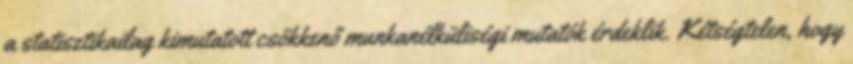
a statisztikailag kimutatott csökkenő munkanélküliségi mutatók érdeklik. Kétségtelen, hogy